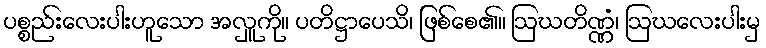
ပစ္စည်းလေးပါးဟူသော အလှူကို။ ပတိဋ္ဌာပေသိ၊ ဖြစ်စေ၏။ ဩဃတိဏ္ဏံ၊ ဩဃလေးပါးမှ